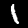
Label: 1